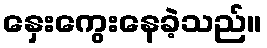
နှေးကွေးနေခဲ့သည်။